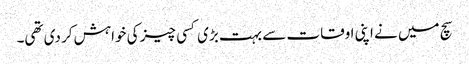
سچ میں نے اپنی اوقات سے بہت بڑی کسی چیز کی خواہش کر دی تھی۔